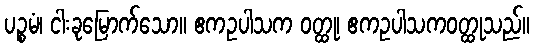
ပဉ္စမံ၊ ငါးခုမြောက်သော။ ဧကဥပါသက ဝတ္ထု၊ ဧကဥပါသကဝတ္ထုသည်။